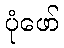
ပုံဖော်